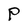
Character: P